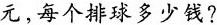
元，每个排球多少钱?